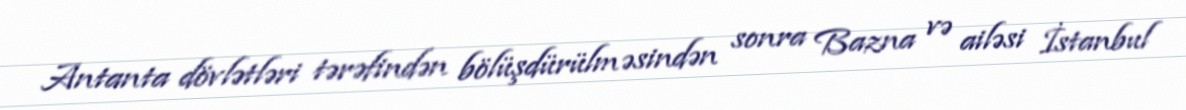
Antanta dövlətləri tərəfindən bölüşdürülməsindən sonra Bazna və ailəsi İstanbul